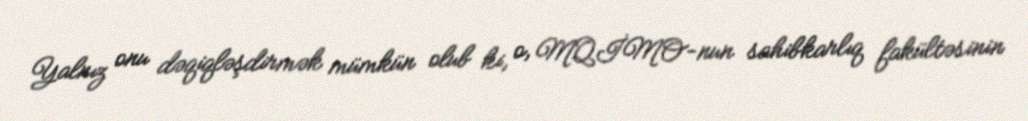
Yalnız onu dəqiqləşdirmək mümkün olub ki, o, MQİMO-nun sahibkarlıq fakültəsinin